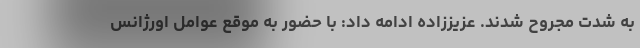
به شدت مجروح شدند. عزیززاده ادامه داد: با حضور به موقع عوامل اورژانس